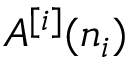
A ^ { [ i ] } ( n _ { i } )